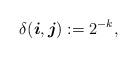
LaTeX: \begin{align*}\delta (\boldsymbol{i},\boldsymbol{j}) := 2^{-k},\end{align*}